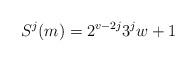
LaTeX: \begin{align*}S^j(m) = 2^{v-2j} 3^j w + 1\end{align*}